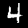
Label: 4